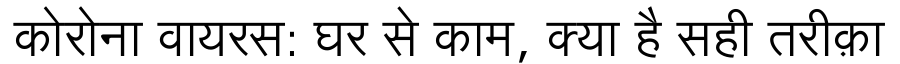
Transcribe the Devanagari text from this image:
कोरोना वायरस: घर से काम, क्या है सही तरीक़ा